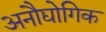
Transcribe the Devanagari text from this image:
अनौद्योगिक